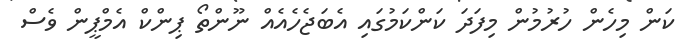
ކަން މިހެން ހުުރުމުން މިފަދަ ކަންކަމުގައި އެބަޖެހެއެއް ނޫންތޯ ޕިންކް އެމްޕީން ވެސް